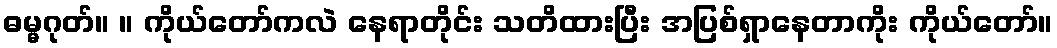
ဓမ္မဂုတ်။ ။ ကိုယ်တော်ကလဲ နေရာတိုင်း သတိထားပြီး အပြစ်ရှာနေတာကိုး ကိုယ်တော်။